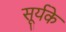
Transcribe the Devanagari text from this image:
सूर्यके